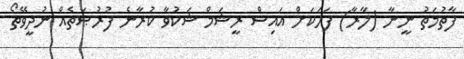
ފާތުމަތު ނީނާ (ލާރާ) ފަހަކަށް އައިސް ރީޝަމް ޝަކުވާ ކުރާނެ ފުރުޞަތެއް ނުދީވޭތޯ